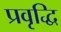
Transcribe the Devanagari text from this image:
प्रवृद्धि